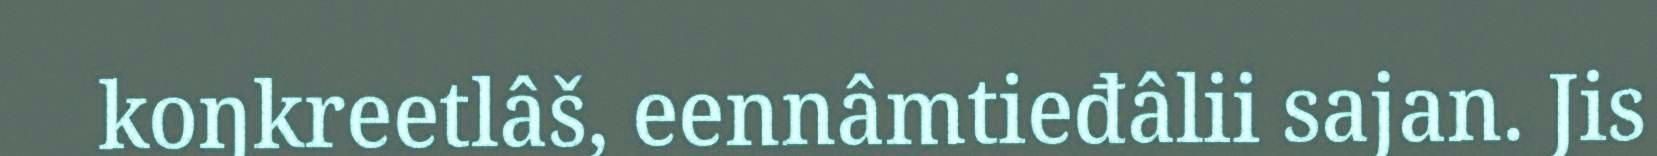
koŋkreetlâš, eennâmtieđâlii sajan. Jis